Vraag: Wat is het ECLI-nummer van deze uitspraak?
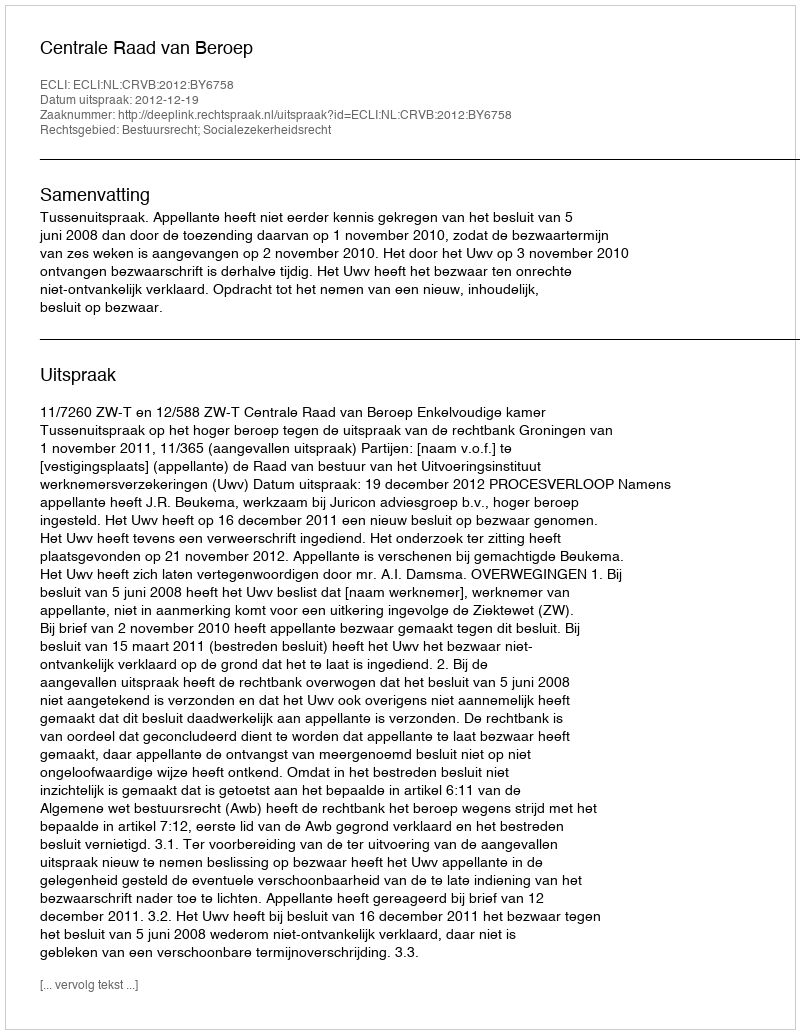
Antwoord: ECLI:NL:CRVB:2012:BY6758